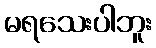
မရသေးပါဘူး